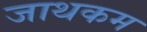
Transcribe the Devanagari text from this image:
जाथकम